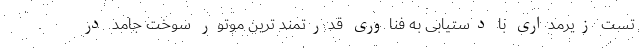
تست زیرمداری با دستیابی به فناوری قدرتمند ترین موتور سوخت جامد در